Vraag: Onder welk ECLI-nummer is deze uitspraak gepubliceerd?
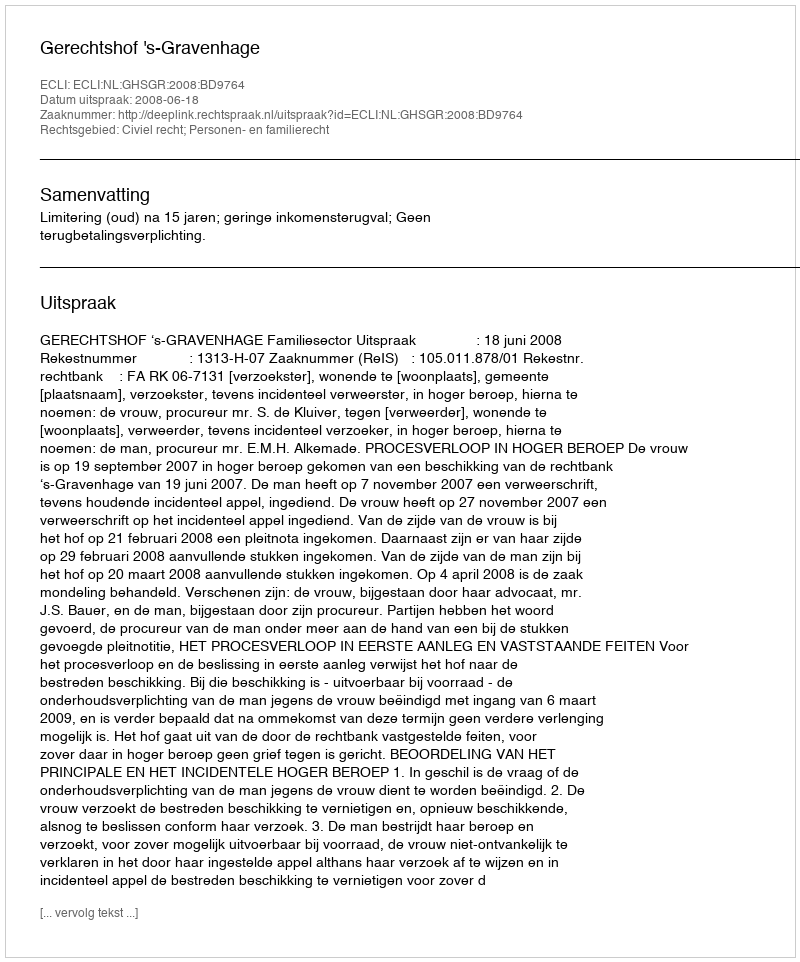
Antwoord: ECLI:NL:GHSGR:2008:BD9764